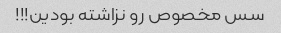
سس مخصوص رو نزاشته بودین!!!